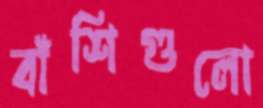
বাঁশিগুলো